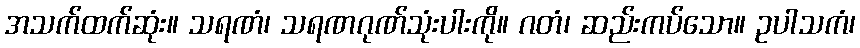
အသက်ထက်ဆုံး။ သရဏံ၊ သရဏဂုဏ်သုံးပါးကို။ ဂတံ၊ ဆည်းကပ်သော။ ဥပါသကံ၊